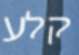
קלע